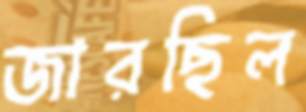
জারছিল